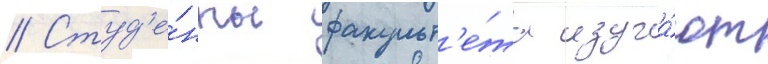
// Студ'е́нты факульт'е́та изуча́ют